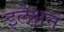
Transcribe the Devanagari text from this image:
इलेक्षन